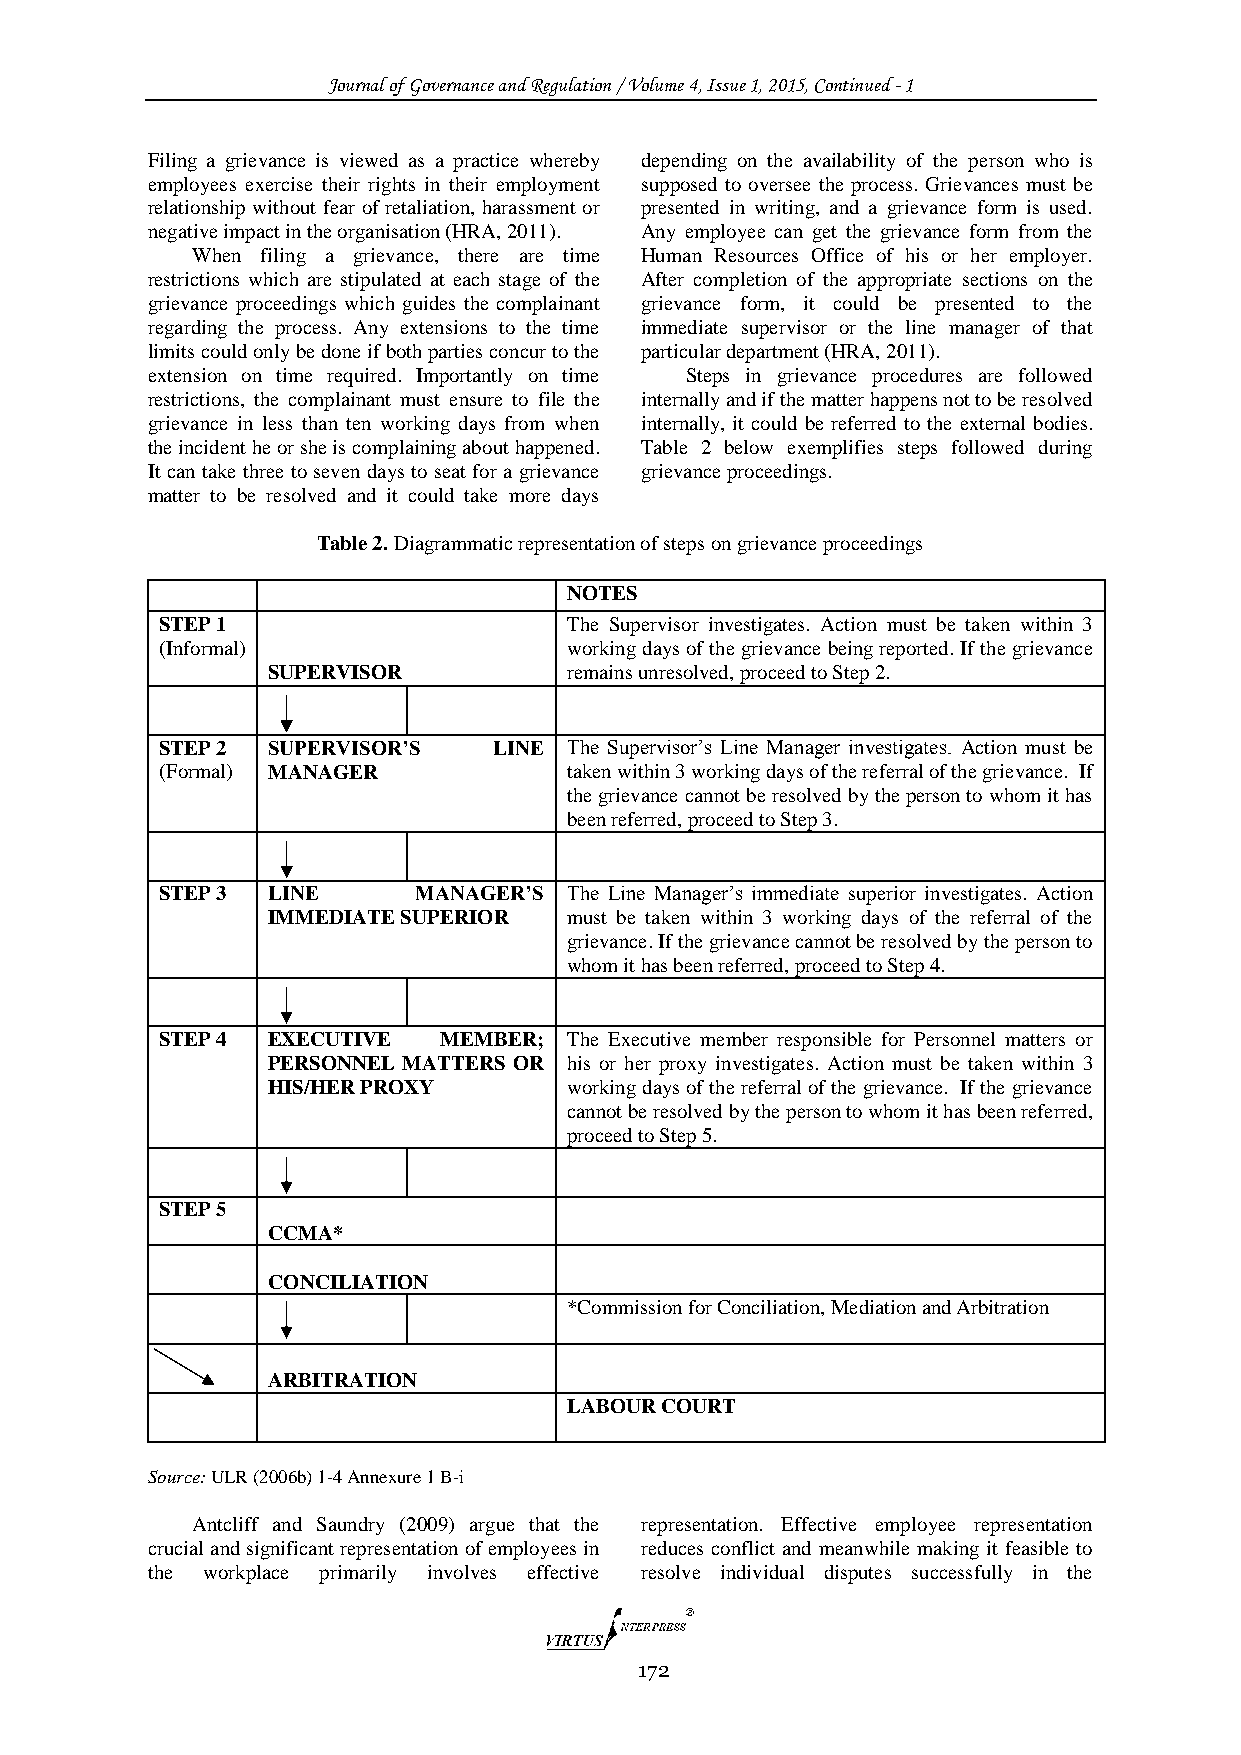
Journal of Governance and Regulation / Volume 4, Issue 1, 2015, Continued - 1
 Filing a grievance is viewed as a practice whereby depending on the availability of the person who is
 employees exercise their rights in their employment supposed to oversee the process. Grievances must be
 relationship without fear of retaliation, harassment or presented in writing, and a grievance form is used.
 negative impact in the organisation (HRA, 2011). Any employee can get the grievance form from the
 When filing a grievance, there are time Human Resources Office of his or her employer.
 restrictions which are stipulated at each stage of the After completion of the appropriate sections on the
 grievance proceedings which guides the complainant grievance form, it could be presented to the
 regarding the process. Any extensions to the time immediate supervisor or the line manager of that
 limits could only be done if both parties concur to the particular department (HRA, 2011).
 extension on time required. Importantly on time Steps in grievance procedures are followed
 restrictions, the complainant must ensure to file the internally and if the matter happens not to be resolved
 grievance in less than ten working days from when internally, it could be referred to the external bodies.
 the incident he or she is complaining about happened. Table 2 below exemplifies steps followed during
 It can take three to seven days to seat for a grievance grievance proceedings.
 matter to be resolved and it could take more days
 Table 2. Diagrammatic representation of steps on grievance proceedings
 NOTES
 STEP 1                     The Supervisor investigates. Action must be taken within 3
 (Informal)                 working days of the grievance being reported. If the grievance
 SUPERVISOR          remains unresolved, proceed to Step 2.
 STEP 2 SUPERVISOR’S   LINE The Supervisor’s Line Manager investigates. Action must be
 (Formal) MANAGER           taken within 3 working days of the referral of the grievance. If
 the grievance cannot be resolved by the person to whom it has
 been referred, proceed to Step 3.
 STEP 3 LINE     MANAGER’S  The Line Manager’s immediate superior investigates. Action
 IMMEDIATE SUPERIOR  must be taken within 3 working days of the referral of the
 grievance. If the grievance cannot be resolved by the person to
 whom it has been referred, proceed to Step 4.
 STEP 4 EXECUTIVE  MEMBER;  The Executive member responsible for Personnel matters or
 PERSONNEL MATTERS OR his or her proxy investigates. Action must be taken within 3
 HIS/HER PROXY       working days of the referral of the grievance. If the grievance
 cannot be resolved by the person to whom it has been referred,
 proceed to Step 5.
 STEP 5
 CCMA*
 CONCILIATION
 *Commission for Conciliation, Mediation and Arbitration
 ARBITRATION
 LABOUR COURT
 Source: ULR (2006b) 1-4 Annexure 1 B-i
 Antcliff and Saundry (2009) argue that the representation. Effective employee representation
 crucial and significant representation of employees in reduces conflict and meanwhile making it feasible to
 the workplace primarily involves effective resolve individual disputes successfully in the
 172